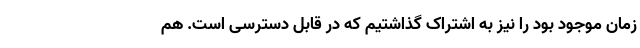
زمان موجود بود را نیز به اشتراک گذاشتیم که در قابل دسترسی است. هم